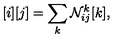
\, [ i ] [ j ] = \sum _ { k } { \cal N } _ { i j } ^ { k } [ k ] ,